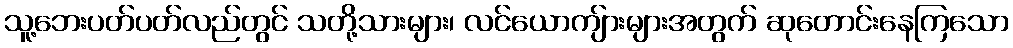
သူ့ဘေးပတ်ပတ်လည်တွင် သတို့သားများ၊ လင်ယောကျ်ားများအတွက် ဆုတောင်းနေကြသော